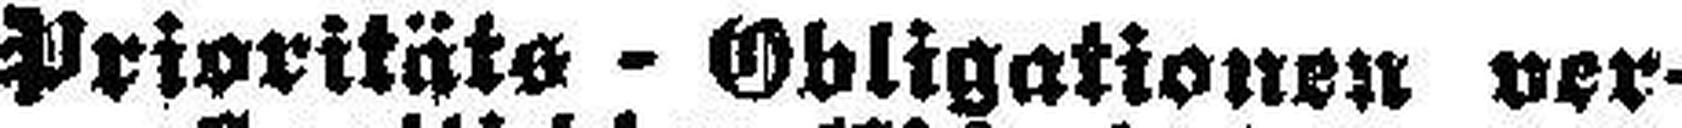
Prioritäts - Obligationen ver¬